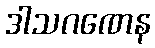
ဒါသဂဏေန